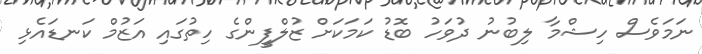
ނަމަވެސް ހިޝްމާ ލިބުނު ދުވަހު ބޮޑު ކަމަކަށް ޒުލްފީންގެ ހިތުގައި އަޒުމް ކަނޑައެޅި